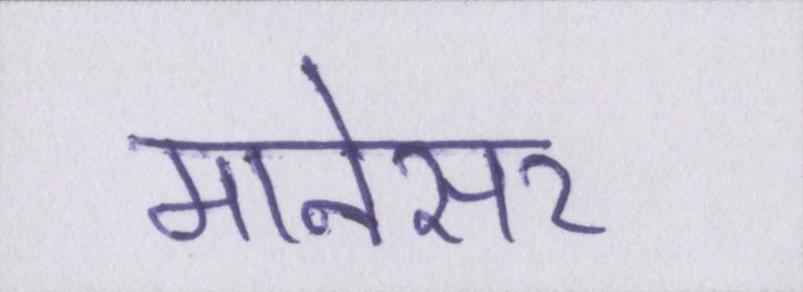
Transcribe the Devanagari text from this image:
मानेसर